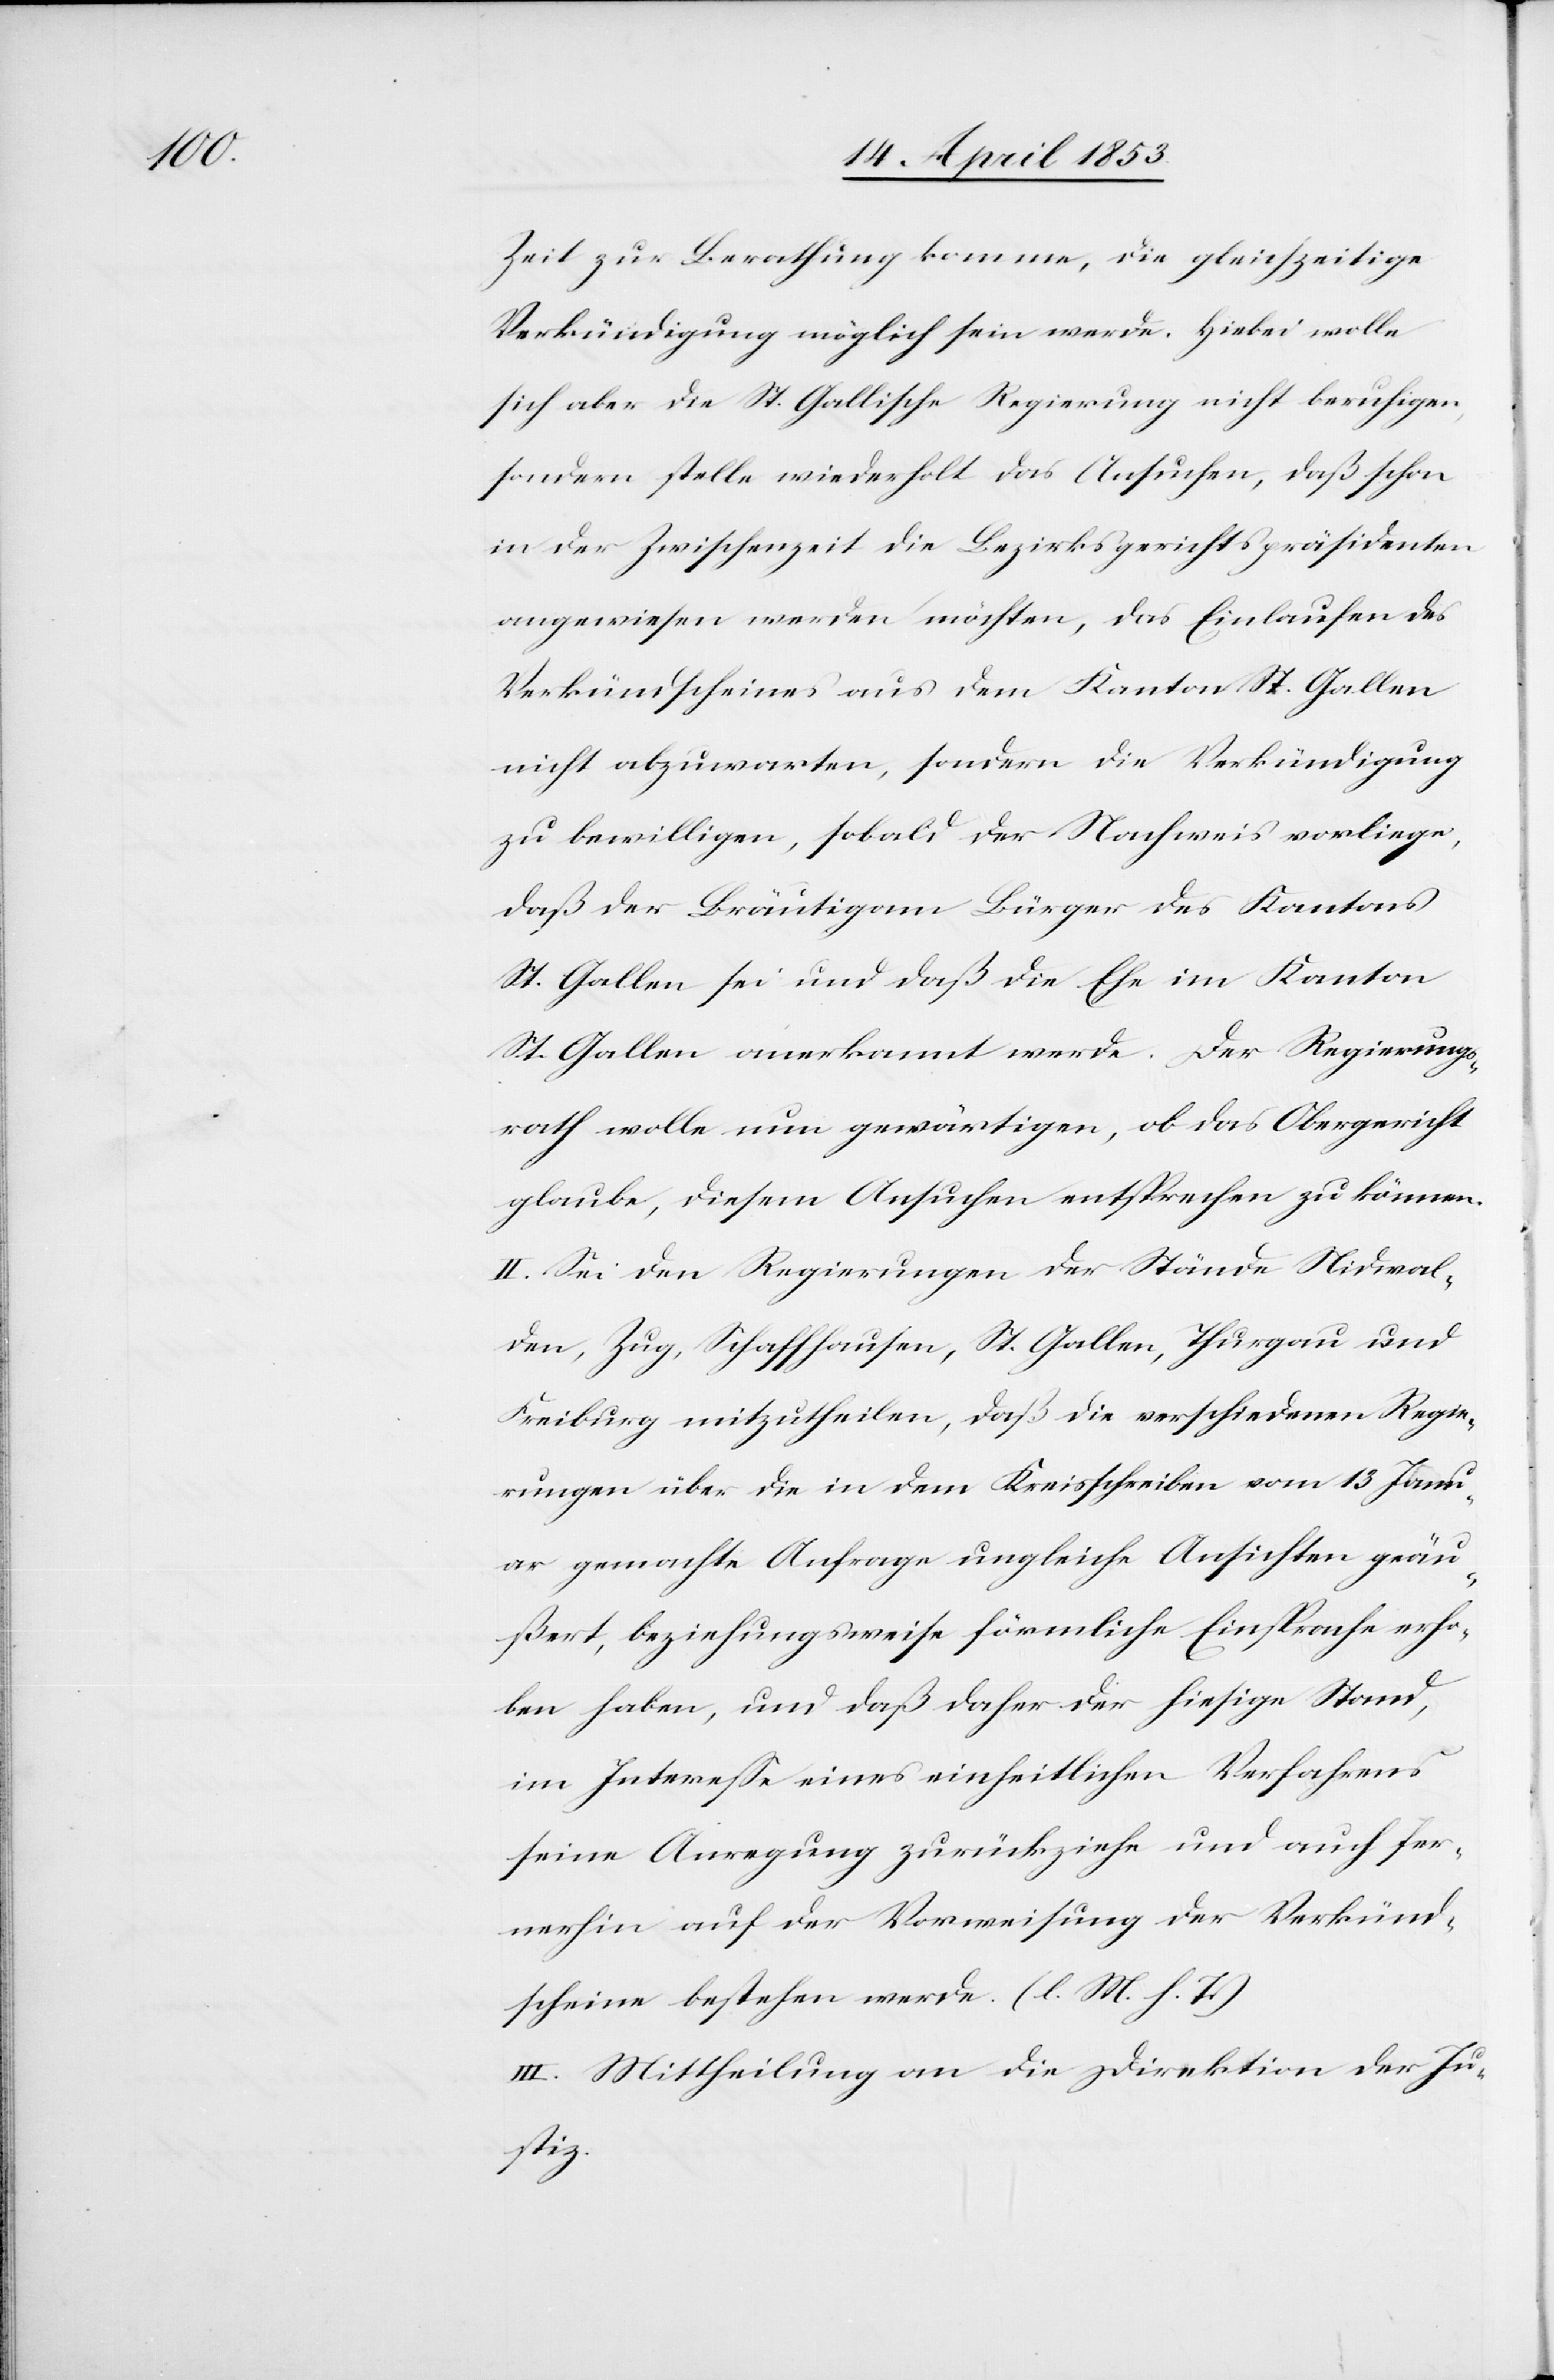
Zeit zur Berathung komme, die gleichzeitige
Verkündigung möglich sein werde. Hiebei wolle
sich aber die St. Gallische Regierung nicht beruhigen,
sondern stelle wiederholt das Ansuchen, daß schon
in der Zwischenzeit die Bezirksgerichtpräsidenten
angewiesen werden möchten, das Einlaufen des
Verkündscheines aus dem Kanton St. Gallen
nicht abzuwarten, sondern die Verkündigung
zu bewilligen, sobald der Nachweis vorliege,
daß der Bräutigam Bürger des Kantons
St. Gallen sei und daß die Ehe im Kanton
St. Gallen anerkannt werde. Der Regierungs¬
rath wolle nun gewärtigen, ob das Obergericht
glaube, diesem Ansuchen entsprechen zu können.
II. Sei den Regierungen der Stände Nidwal¬
den, Zug, Schaffhausen, St. Gallen, Thurgau und
Freiburg mitzutheilen, daß die verschiedenen Regie¬
rungen über die in dem Kreisschreiben vom 13 Janu¬
ar gemachte Anfrage ungleiche Ansichten geäu¬
ßert, beziehungsweise förmliche Einsprache erho¬
ben haben, und daß daher der hiesige Stand,
im Intereße eines einheitlichen Verfahrens
seine Anregung zurückziehe und auch fer¬
nerhin auf der Verweisung der Verkünd¬
scheine bestehen werde. [l. M. h. T]
III. Mittheilung an die Direktion der Ju¬
stiz.